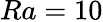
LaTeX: Ra=10